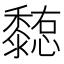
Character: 𪐊